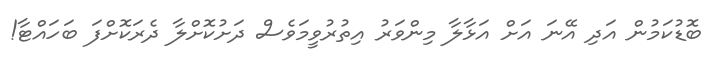
ބޮޑުކަމުން އަދި އޭނަ އަށް އަޅާލާ މިންވަރު އިތުރުވީމަވެސް ދަށުކޮށްލާ ދެރަކޮށްފަ ބަހައްޓާ!